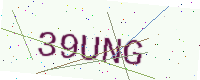
Text: 39UNG